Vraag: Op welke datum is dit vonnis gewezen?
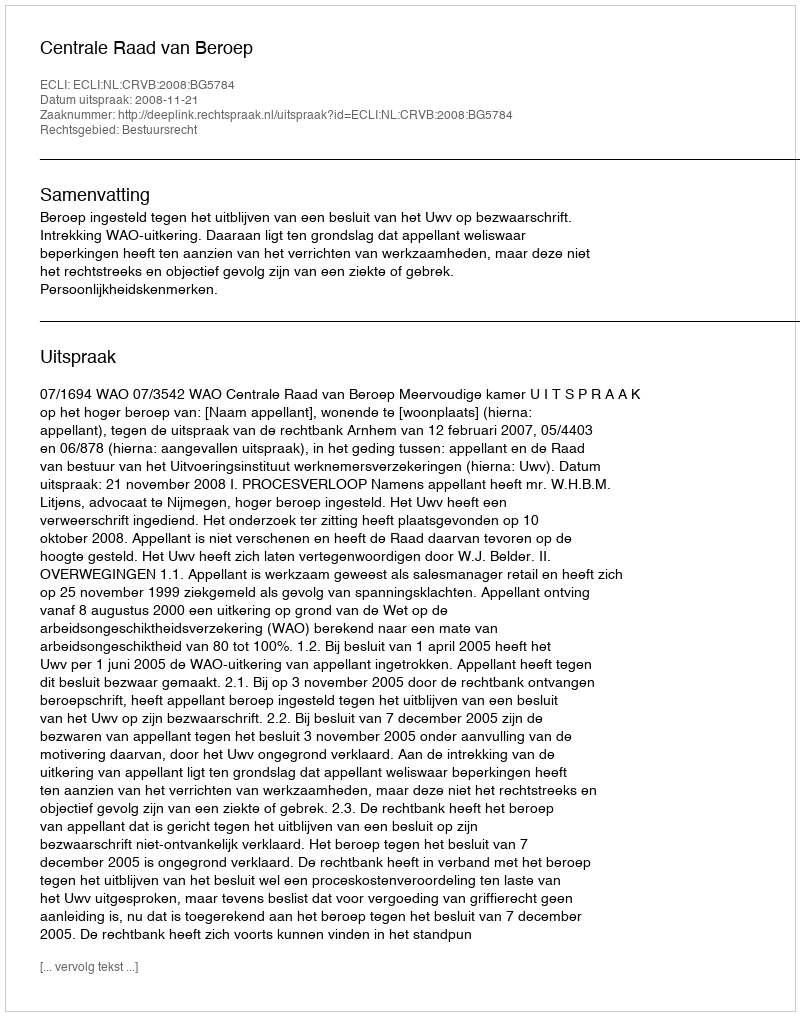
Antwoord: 2008-11-21